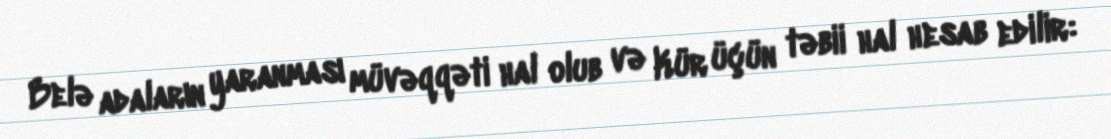
Belə adaların yaranması müvəqqəti hal olub və Kür üçün təbii hal hesab edilir: